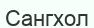
Сангхол